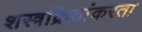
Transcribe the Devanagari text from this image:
शस्त्रक्रियांकरता